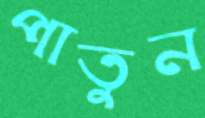
পাতুন